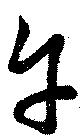
午